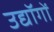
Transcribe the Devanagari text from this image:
उद्यॉगों